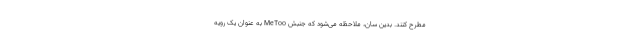
مطرح کنند. بدین سان، ملاحظه می‌شود که جنبش MeToo به عنوان یک رویه